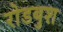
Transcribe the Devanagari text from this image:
रोडबुश